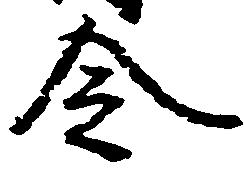
令